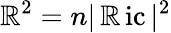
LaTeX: \mathbb{R}^{2}=n|\operatorname{\mathbb{R}ic}|^{2}